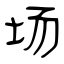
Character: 场